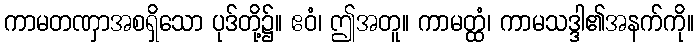
ကာမတဏှာအစရှိသော ပုဒ်တို့၌။ ဧဝံ၊ ဤအတူ။ ကာမတ္ထံ၊ ကာမသဒ္ဒါ၏အနက်ကို။